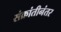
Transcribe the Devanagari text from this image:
संक्रांतीनंतर